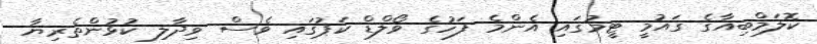
ކޮލަމްބިއާގެ ގައުމީ ޓީމުގައި އެންމެ ފަހުގެ ވޯލްޑް ކަޕުގައި ވެސް ވިދާލި ކުޅުންތެރިޔާ